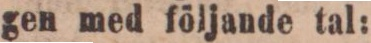
gen med följande tal: